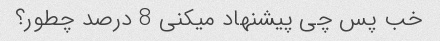
خب پس چی پیشنهاد میکنی 8 درصد چطور؟